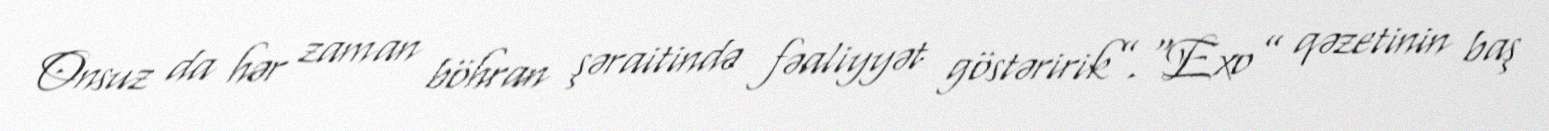
Onsuz da hər zaman böhran şəraitində fəaliyyət göstəririk”.“Exo” qəzetinin baş